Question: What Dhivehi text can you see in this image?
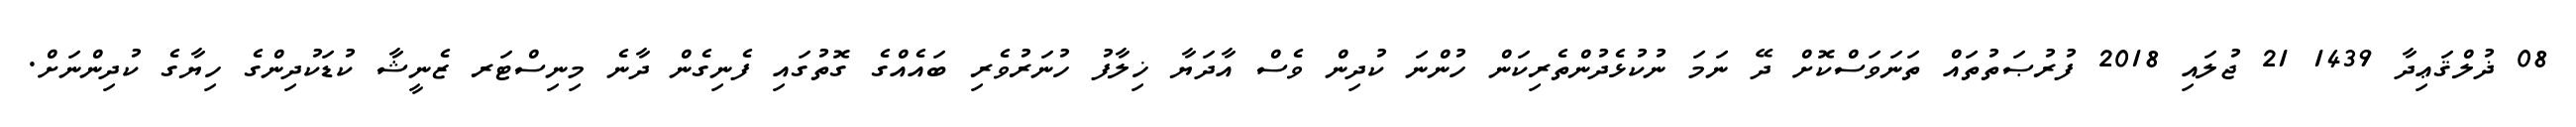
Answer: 08 ޛުލްޤަޢިދާ 1439 21 ޖުލައި 2018 ފުރުޞަތުތައް ތަނަވަސްކޮށް ދޭ ނަމަ ނުކުޅެދުންތެރިކަން ހުންނަ ކުދިން ވެސް އާދަޔާ ޚިލާފު ހުނަރުވެރި ބައެއްގެ ގޮތުގައި ފެނިގެން ދާނެ މިނިސްޓަރ ޒެނީޝާ ކުޑަކުދިންގެ ހިޔާގެ ކުދިންނަށް.